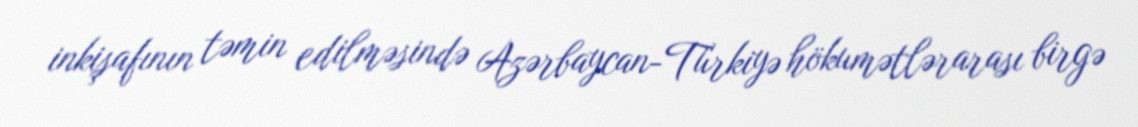
inkişafının təmin edilməsində Azərbaycan-Türkiyə hökumətlərarası birgə